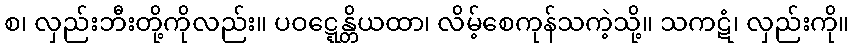
စ၊ လှည်းဘီးတို့ကိုလည်း။ ပဝဋ္ဋေန္တိယထာ၊ လိမ့်စေကုန်သကဲ့သို့။ သကဋံ၊ လှည်းကို။